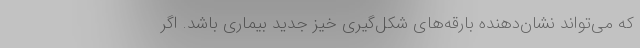
که می‌تواند نشان‌دهنده بارقه‌های شکل‌گیری خیز جدید بیماری باشد. اگر